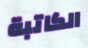
الكاتبة